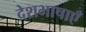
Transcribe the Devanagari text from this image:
देशभाषाएँ